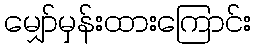
မျှော်မှန်းထားကြောင်း